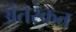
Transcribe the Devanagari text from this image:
अंतरंकत